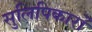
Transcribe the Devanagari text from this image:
सुलिपिकारों